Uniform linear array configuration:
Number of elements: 4
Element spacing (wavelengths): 0.25
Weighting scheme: binomial
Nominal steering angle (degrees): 30
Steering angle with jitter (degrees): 29.771
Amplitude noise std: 0.05
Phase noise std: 0.05

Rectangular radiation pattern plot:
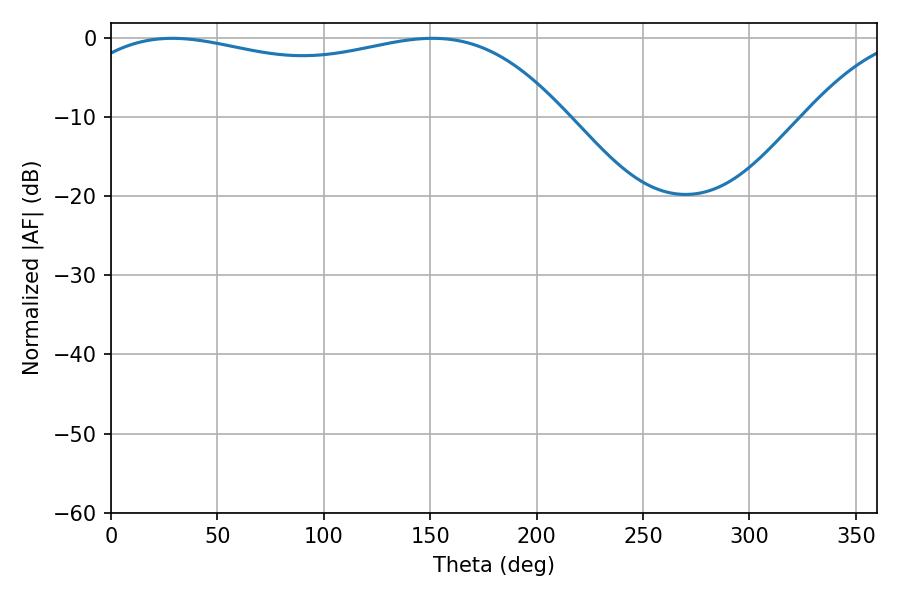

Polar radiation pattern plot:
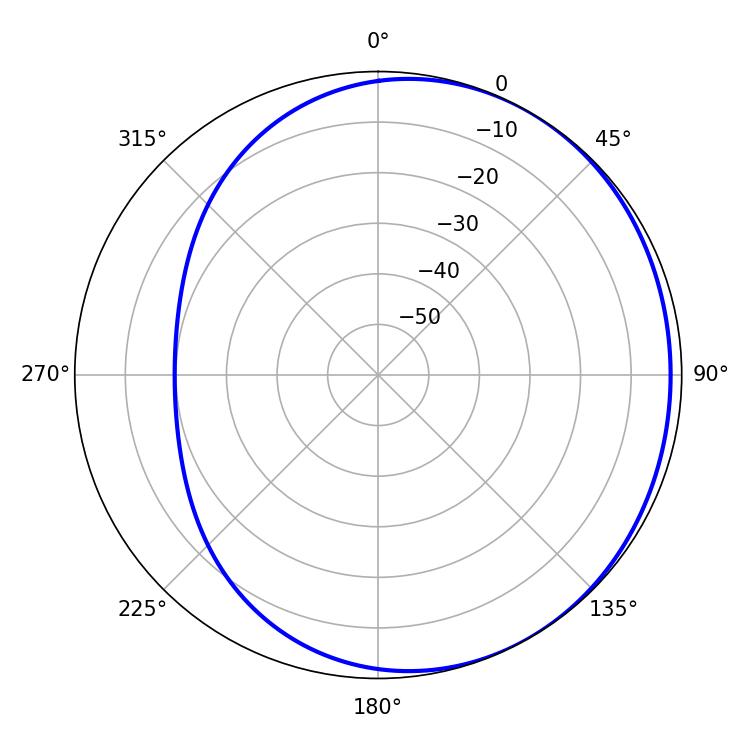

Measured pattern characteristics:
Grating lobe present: FALSE
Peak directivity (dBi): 1.48
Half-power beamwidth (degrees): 187.2
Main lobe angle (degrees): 28.8